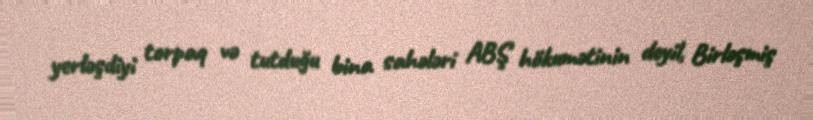
yerləşdiyi torpaq və tutduğu bina sahələri ABŞ hökumətinin deyil, Birləşmiş